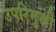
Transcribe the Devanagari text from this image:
उपरिमुखी